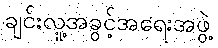
ချင်းလူ့အခွင့်အရေးအဖွဲ့